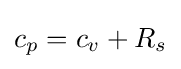
c_{p}=c_{v}+R_{s}